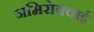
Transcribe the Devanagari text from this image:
जमिरोक्वाई